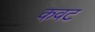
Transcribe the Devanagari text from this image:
कवट